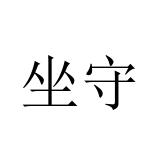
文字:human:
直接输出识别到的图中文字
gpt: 坐守